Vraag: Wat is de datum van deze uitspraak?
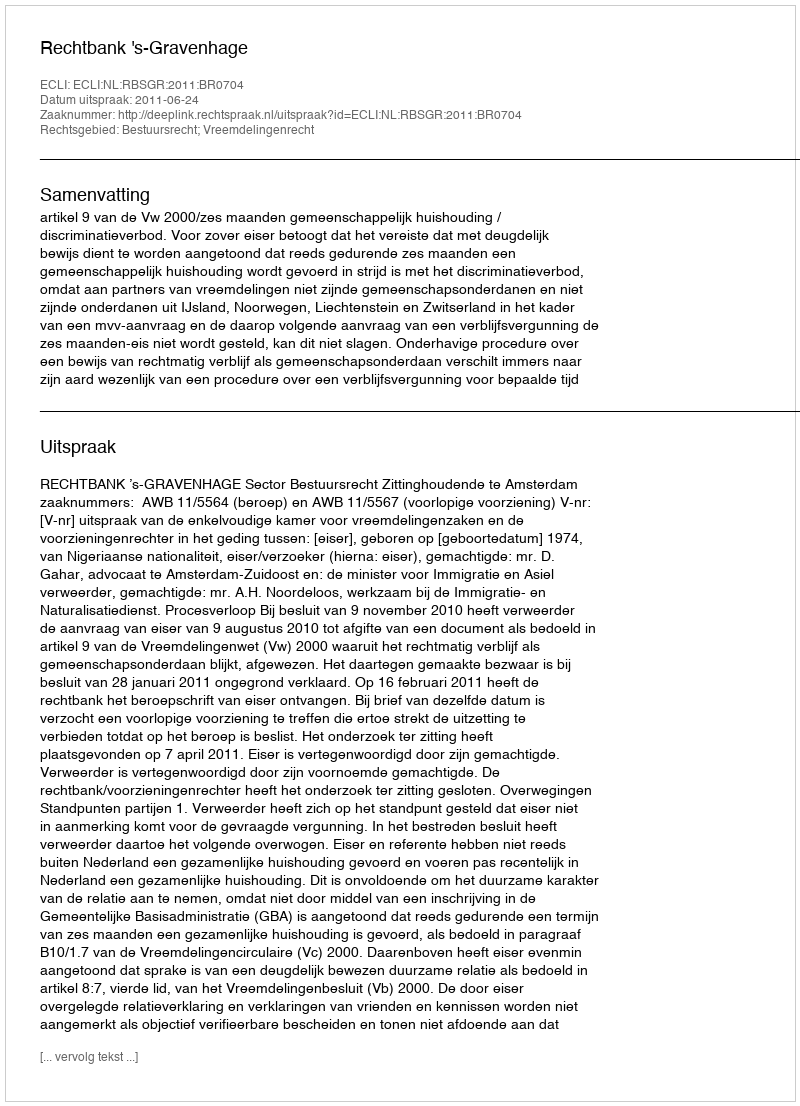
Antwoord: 2011-06-24